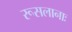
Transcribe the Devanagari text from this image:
रूसलानाः